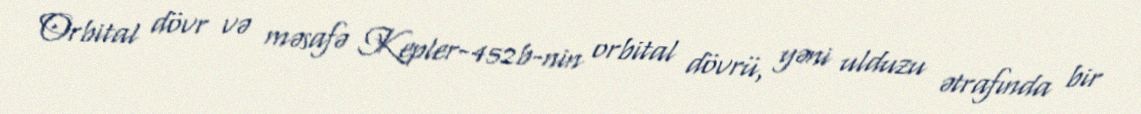
Orbital dövr və məsafə Kepler-452b-nin orbital dövrü, yəni ulduzu ətrafında bir